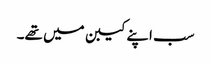
سب اپنے کیبن میں تھے۔